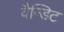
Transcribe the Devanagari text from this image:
वैन्डिट